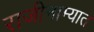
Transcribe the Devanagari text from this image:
राजीनाम्यात